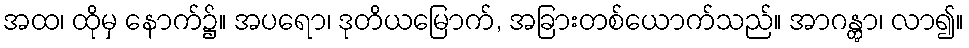
အထ၊ ထိုမှ နောက်၌။ အပရော၊ ဒုတိယမြောက်, အခြားတစ်ယောက်သည်။ အာဂန္တွာ၊ လာ၍။